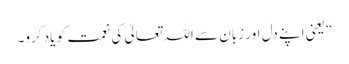
“ یعنی اپنے دل اور زبان سے اللہ تعالیٰ کی نعمت کو یاد کرو۔